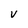
Character: V